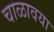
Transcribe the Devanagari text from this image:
चाळावया